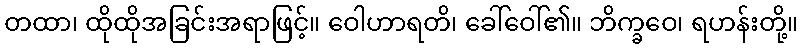
တထာ၊ ထိုထိုအခြင်းအရာဖြင့်။ ဝေါဟာရတိ၊ ခေါ်ဝေါ်၏။ ဘိက္ခဝေ၊ ရဟန်းတို့။